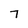
Character: 7